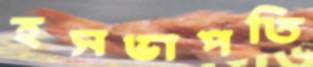
হসভাপতি